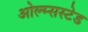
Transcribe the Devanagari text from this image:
ओल्म्सस्टेड